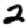
Digit: 2